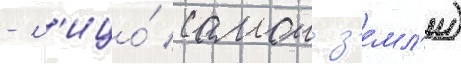
- л'ицо́ самои з'емл'и)